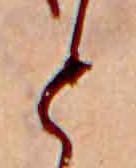
と